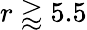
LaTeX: r\gtrapprox 5.5